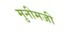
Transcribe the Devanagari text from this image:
मुनीमजी